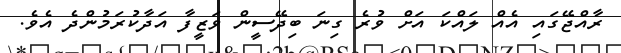
ރާއްޖޭގައި އެއް ލައްކަ އަށް ވުރެ ގިނަ ބިދޭސީން ވަޒީފާ އަދާކުރަމުންދެ އެވެ.